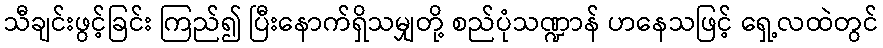
သီချင်းဖွင့်ခြင်း ကြည်၍ ပြီးနောက်ရှိသမျှတို့ စည်ပုံသဏ္ဍာန် ဟနေသဖြင့် ရှေ့လထဲတွင်